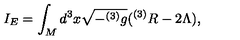
I _ { E } = \int _ { M } d ^ { 3 } x \sqrt { - ^ { ( 3 ) } g } ( ^ { ( 3 ) } R - 2 \Lambda ) ,